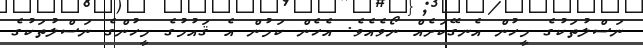
ނަސްލުތަކުގެ މީހުން އެނގޭކަށެއް ނޯވެއެވެ. އެހެން ކަމުން އެ ޤައުމުގެ މީހުންގެ ނަސްލުތަކުގެ